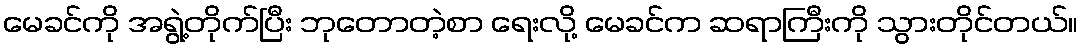
မေခင်ကို အရွဲ့တိုက်ပြီး ဘုတောတဲ့စာ ရေးလို့ မေခင်က ဆရာကြီးကို သွားတိုင်တယ်။